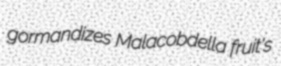
gormandizes Malacobdella fruit's